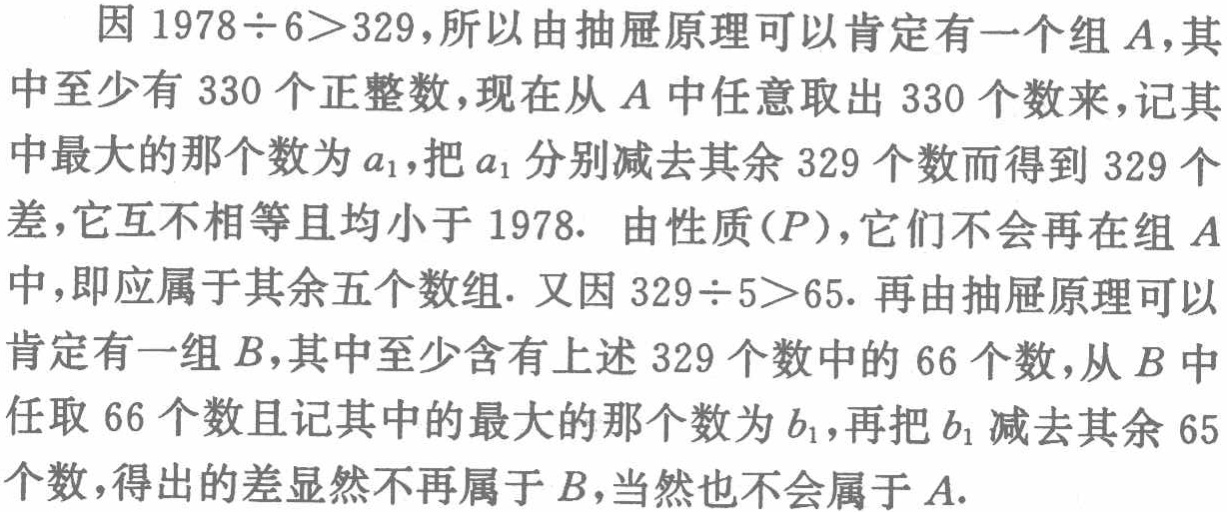
因 \(1978\div 6>329\)，所以由抽屉原理可以肯定有一个组 \(A\)，其中至少有 \(330\) 个正整数，现在从 \(A\) 中任意取出 \(330\) 个数来，记其中最大的那个数为 \(a_{1}\)，把 \(a_{1}\) 分别减去其余 \(329\) 个数而得到 \(329\) 个差，它互不相等且均小于 \(1978\). 由性质\((P)\)，它们不会再在组 \(A\) 中，即应属于其余五个数组. 又因 \(329\div 5>65\). 再由抽屉原理可以肯定有一组 \(B\)，其中至少含有上述 \(329\) 个数中的 \(66\) 个数，从 \(B\) 中任取 \(66\) 个数且记其中的最大的那个数为 \(b_{1}\)，再把 \(b_{1}\) 减去其余 \(65\) 个数，得出的差显然不再属于 \(B\)，当然也不会属于 \(A\).